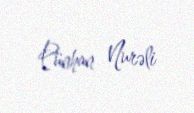
Pünhan Nurəli